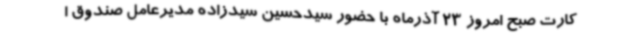
کارت صبح امروز 23 آذرماه با حضور سیدحسین سیدزاده مدیرعامل صندوق ا